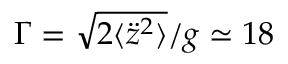
\Gamma = \sqrt { 2 \langle \ddot { z } ^ { 2 } \rangle } / g \simeq 1 8